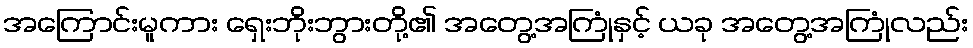
အကြောင်းမူကား ရှေးဘိုးဘွားတို့၏ အတွေ့အကြုံနှင့် ယခု အတွေ့အကြုံလည်း